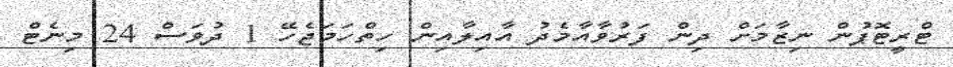
ޓްރީޓޮޕުން ނިޒާމަށް ދިން ފަރުވާއާމެދު އާއިލާއިން ހިތްހަމަޖެހޭ 1 ދުވަސް 24 މިނެޓް